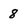
Character: 8